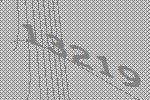
13219